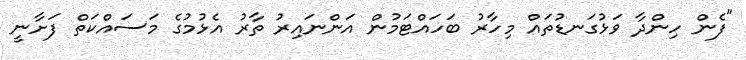
"ފެން ހިންދާ ވަޅުގަނޑުތައް މިހާރު ބަހައްޓަމުން އަންނައިރު ތާރު އެޅުމުގެ މަސައްކަތް ފަށާނީ